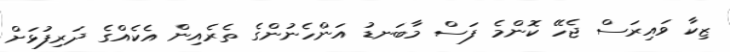
ޒިކާ ވައިރަސް ޖެހޭ ކޮންމެ ފަސް މާބަނޑު އަންހެނުންގެ ތެރެއިން އެކެއްގެ ދަރިފުޅަށް